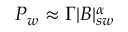
P _ { w } \approx \Gamma | B | _ { s w } ^ { \alpha }